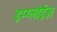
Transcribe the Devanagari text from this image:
इम्प्लोईज़